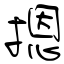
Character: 摁